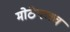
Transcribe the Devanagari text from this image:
मोठेपणच